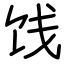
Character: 饯